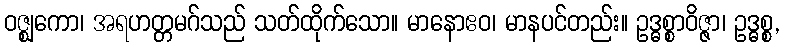
ဝဇ္ဈကော၊ အရဟတ္တမဂ်သည် သတ်ထိုက်သော။ မာနောဧဝ၊ မာနပင်တည်း။ ဥဒ္ဓစ္စာဝိဇ္ဇာ၊ ဥဒ္ဓစ္စ,